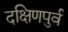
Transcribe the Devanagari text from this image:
दक्षिणपुर्व